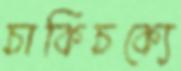
চাকিচক্যে